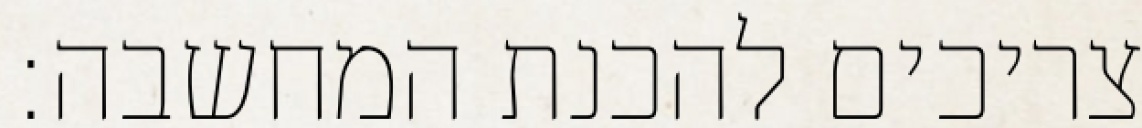
צריכים להכנת המחשבה: